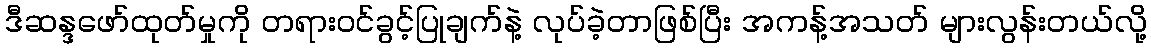
ဒီဆန္ဒဖော်ထုတ်မှုကို တရားဝင်ခွင့်ပြုချက်နဲ့ လုပ်ခဲ့တာဖြစ်ပြီး အကန့်အသတ် များလွန်းတယ်လို့